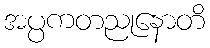
အပ္ပကတညုနောတိ